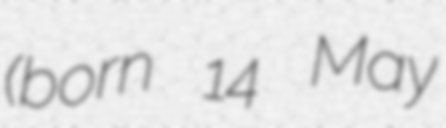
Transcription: (born 14 May